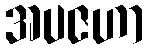
အပဇဟာ